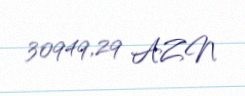
30949,29 AZN